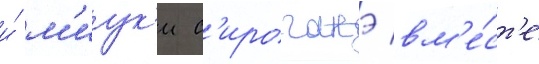
и́ м'иук'и с'ироганэ вм'е́ст'е